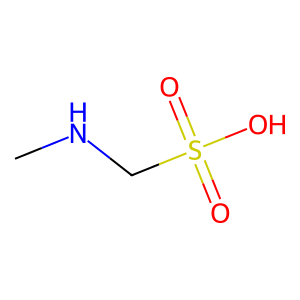
SMILES: CNCS(=O)(=O)O
Inhibits HIV replication: No